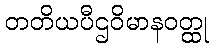
တတိယပီဌဝိမာနဝတ္ထု